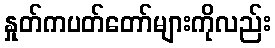
နှုတ်ကပတ်တော်များကိုလည်း